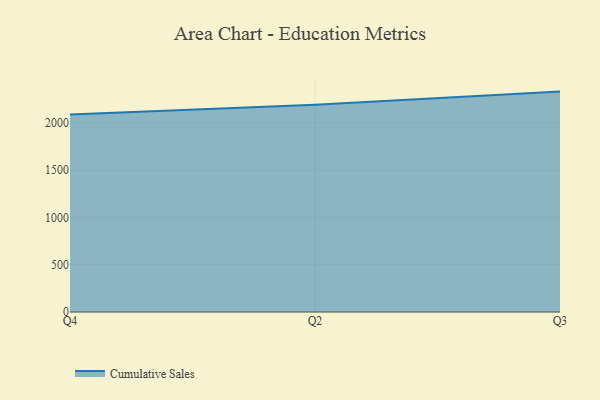
{"axis": {"x": "Quarter", "y": "Shipments"}, "legend": ["Cumulative Sales"], "data": [{"x": "Q4", "y": 2086.2, "type": "Cumulative Sales"}, {"x": "Q2", "y": 2190.6, "type": "Cumulative Sales"}, {"x": "Q3", "y": 2329.3, "type": "Cumulative Sales"}]}